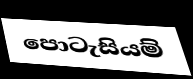
පොටැසියම්